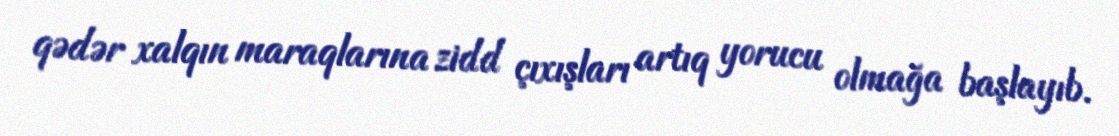
qədər xalqın maraqlarına zidd çıxışları artıq yorucu olmağa başlayıb.